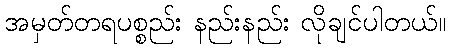
အမှတ်တရပစ္စည်း နည်းနည်း လိုချင်ပါတယ်။